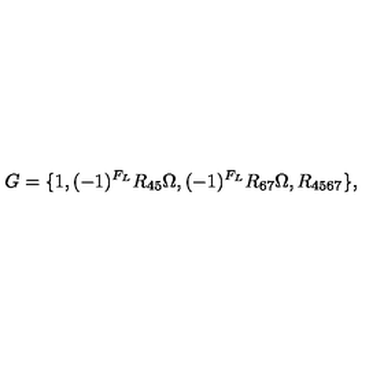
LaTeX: G = \{ 1 , ( - 1 ) ^ { F _ { L } } R _ { 4 5 } \Omega , ( - 1 ) ^ { F _ { L } } R _ { 6 7 } \Omega , R _ { 4 5 6 7 } \} ,